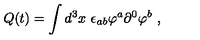
Q ( t ) = \int d ^ { 3 } x \ \epsilon _ { a b } \varphi ^ { a } \partial ^ { 0 } \varphi ^ { b } \ ,